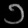
Digit: ၁